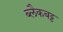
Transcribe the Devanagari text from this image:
ब्लैकबट्ट